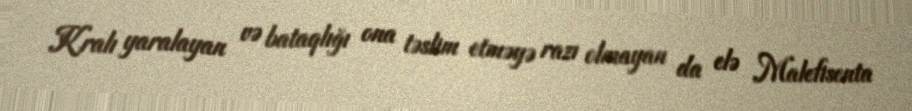
Kralı yaralayan və bataqlığı ona təslim etməyə razı olmayan da elə Malefisenta